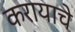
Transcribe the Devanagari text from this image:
करायाचे